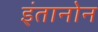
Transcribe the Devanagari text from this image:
इंतानोन